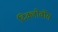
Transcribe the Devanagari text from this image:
दिक्लोर्वोस